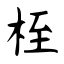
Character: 桎